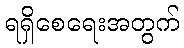
ရရှိစေရေးအတွက်